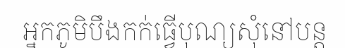
អ្នកភូមិបឹងកក់ធ្វើបុណ្យសុំនៅបន្ត